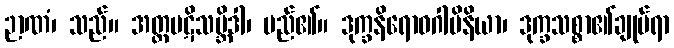
ဉာဏံ၊ သည်။ အတ္ထပဋိသမ္ဘိဒါ၊ မည်၏။ ဒုက္ခနိရောဓဂါမိနိယာ၊ ဒုက္ခသစ္စာ၏ချုပ်ရာ